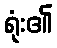
ရုံး၏